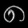
Digit: ၈